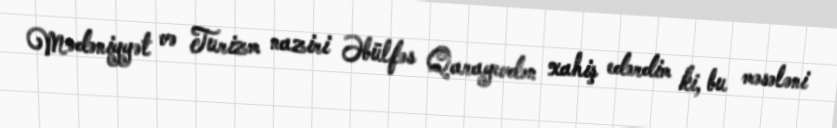
Mədəniyyət və Turizm naziri Əbülfəs Qarayevdən xahiş edərdim ki, bu məsələni